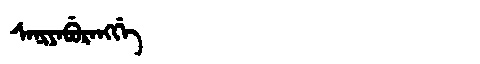
Manchu: ᠰᠠᠨᡳᠶᠠᠪᡠᡵᠠᠩᡤᡝ
Romanization: SANIYABURANGGE